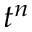
t ^ { n }